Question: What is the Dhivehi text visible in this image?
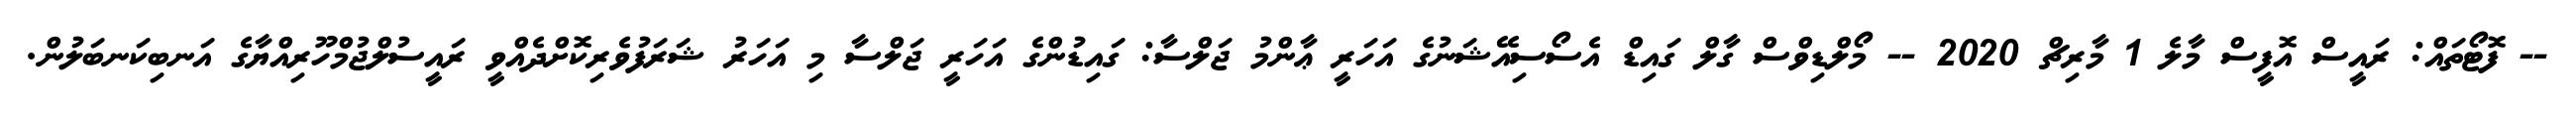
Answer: -- ފޮޓޯތައް: ރައީސް އޮފީސް މާލެ 1 މާރިޗް 2020 -- މޯލްޑިވްސް ގާލް ގައިޑް އެސޯސިއޭޝަނުގެ އަހަރީ ޢާންމު ޖަލްސާ: ގައިޑުންގެ އަހަރީ ޖަލްސާ މި އަހަރު ޝަރަފުވެރިކޮށްދެއްވީ ރައީސުލްޖުމްހޫރިއްޔާގެ އަނބިކަނބަލުން.